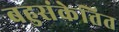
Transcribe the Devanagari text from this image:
बहुसंकेतित